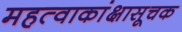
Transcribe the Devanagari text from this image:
महत्वाकांक्षासूचक